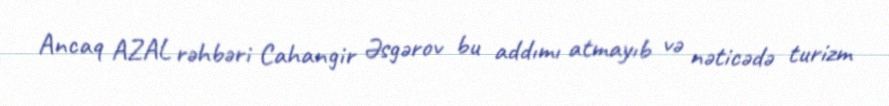
Ancaq AZAL rəhbəri Cahangir Əsgərov bu addımı atmayıb və nəticədə turizm